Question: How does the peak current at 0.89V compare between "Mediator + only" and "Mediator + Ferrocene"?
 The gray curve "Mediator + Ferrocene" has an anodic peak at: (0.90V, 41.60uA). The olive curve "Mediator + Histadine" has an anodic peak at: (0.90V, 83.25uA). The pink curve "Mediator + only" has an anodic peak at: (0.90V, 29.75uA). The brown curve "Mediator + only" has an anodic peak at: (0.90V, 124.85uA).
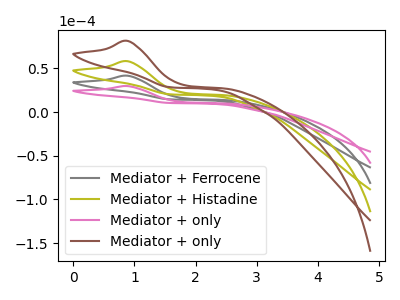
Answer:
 <answer>The peak at 0.89V is lower in "Mediator + only" than in "Mediator + Ferrocene".</answer>
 <eval>lower</eval>